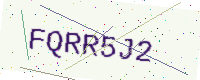
Text: FQRR5J2